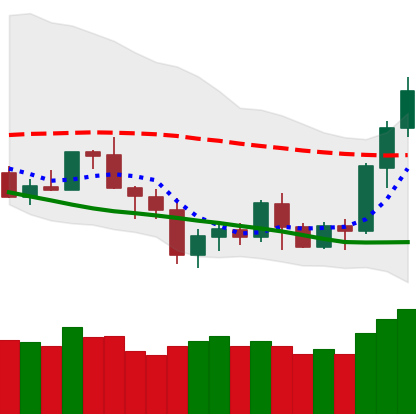
Ticker: BNB-USD
Chart end date: 2020-07-08
Forward return: 6.86%
Label: up_5_7